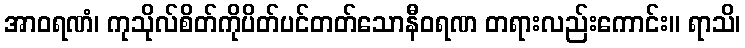
အာဝရဏံ၊ ကုသိုလ်စိတ်ကိုပိတ်ပင်တတ်သောနီဝရဏ တရားလည်းကောင်း။ ရာသိ၊